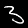
Label: 3